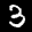
Label: 3